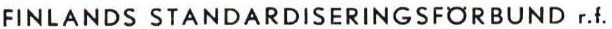
FINLANDS STANDARDISERINGSFÖRBUND r.f.